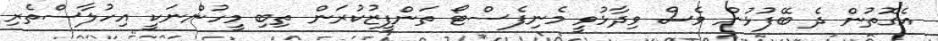
އެގޮތުން ދެ ބޭފުޅުން ވެސް ވިދާޅުވީ މެނިފެސްޓޯ ތަންފީޒުކުރަން ތިބި މީހުންނަކީ އިހުލާސްތެރި